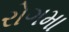
રોગમા